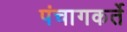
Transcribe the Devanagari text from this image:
पंचागकर्ते